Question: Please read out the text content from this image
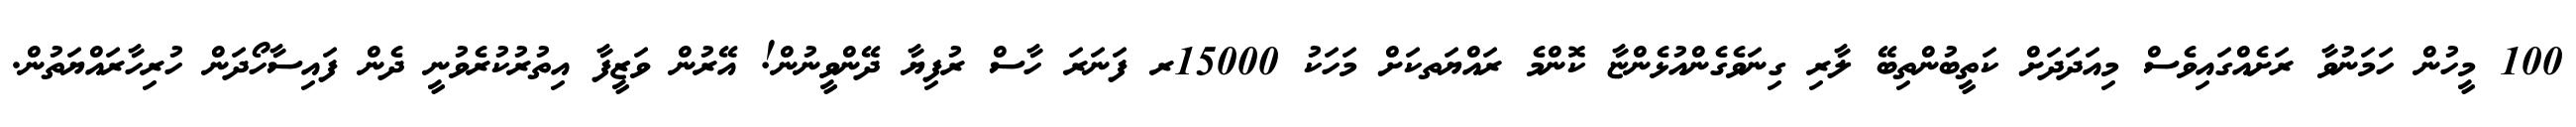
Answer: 100 މީހުން ހަމަނުވާ ރަށެއްގައިވެސް މިއަދަދަށް ކަތީބުންތިބޭ ލާރި ގިނަވެގެންއުޅެންޏާ ކޮންމެ ރައްޔަތކަށް މަހަކު 15000ރ ފަނަރަ ހާސް ރުފިޔާ ދޭންވީނުން! އޭރުން ވަޒީފާ އިތުރުކުރެވުނީ ދެން ފައިސާހޯދަން ހުރިހާރައްޔަތުން.